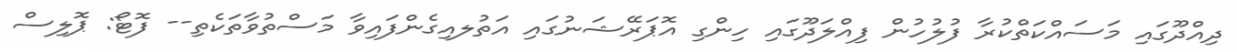
ދިއްދޫގައި މަސައްކަތްކުރާ ފުލުހުން ފިއްލަދޫގައި ހިންގި އޮޕަރޭޝަނުގައި އަތުލއިގެންފައިވާ މަސްތުވާތަކެތި-- ފޮޓޯ: ޕޮލިސް